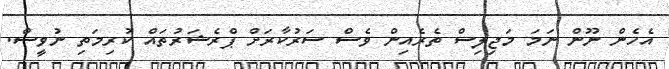
އެހެން ނޫން ނަމަ މަޖިލިސް ތެރެއިން ވެސް ސަރުކާރަށް ޕްރެޝަރުތައް ކުރިމަތި ނުވީސް.